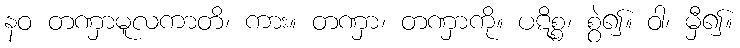
နဝ တဏှာမူလကာတိ၊ ကား။ တဏှာ၊ တဏှာကို။ ပဋိစ္စ၊ စွဲ၍။ ဝါ၊ မှီ၍။